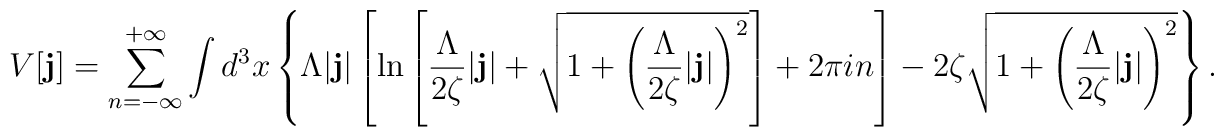
V[{\bf j}]=\sum\limits_{n=-\infty}^{+\infty}\int d^3x\left\{\Lambda |{\bf j}|\left[\ln\left[\frac{\Lambda}{2\zeta}|{\bf j}|+\sqrt{1+\left(\frac{\Lambda}{2\zeta}|{\bf j}|\right)^2}\right]+2\pi in\right]- 2\zeta\sqrt{1+\left(\frac{\Lambda}{2\zeta}|{\bf j}|\right)^2}\right\}.